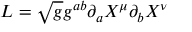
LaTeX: L = \sqrt { g } g ^ { a b } \partial _ { a } X ^ { \mu } \partial _ { b } X ^ { \nu }